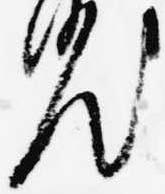
汰